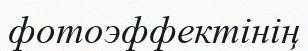
фотоэффектінің